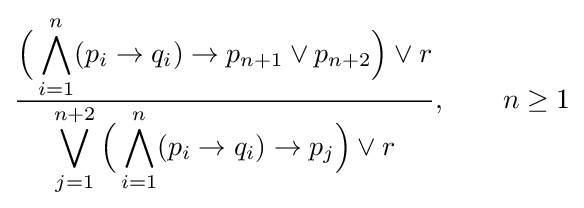
{\frac {\displaystyle {\Bigl (}\bigwedge _{i=1}^{n}(p_{i}\to q_{i})\to p_{n+1}\lor p_{n+2}{\Bigr )}\lor r}{\displaystyle \bigvee _{j=1}^{n+2}{\Bigl (}\bigwedge _{i=1}^{n}(p_{i}\to q_{i})\to p_{j}{\Bigr )}\lor r}},\qquad n\geq 1